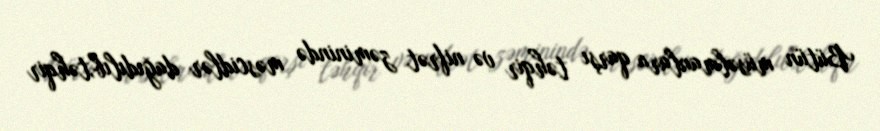
Bütün müsəlmanlara qarşı təhqir və nifrət zəminində məscidlər dağıdılıb,təhqir